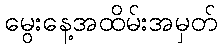
မွေးနေ့အထိမ်းအမှတ်